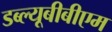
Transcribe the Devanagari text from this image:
डब्ल्यूबीबीएम